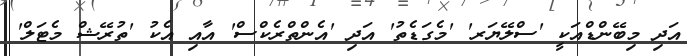
އަދި މިބޭންޑްއަކީ 'ސްލޭޔަރ' 'މެގަޑެތު' އަދި 'އެންތްރެކްސް' އާއި އެކު 'ތުރޭޝް މެޓަލް'